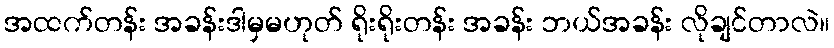
အထက်တန်း အခန်းဒါမှမဟုတ် ရိုးရိုးတန်း အခန်း ဘယ်အခန်း လိုချင်တာလဲ။